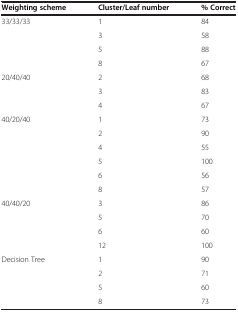
| Weighting scheme | Cluster/Leaf number | % Correct |
 | --- | --- | --- |
 | <ROWSPAN=4> 33/33/33 | 1 | 84 |
 | 3 | 58 |
 | 5 | 88 |
 | 8 | 67 |
 | <ROWSPAN=3> 20/40/40 | 2 | 68 |
 | 3 | 83 |
 | 4 | 67 |
 | <ROWSPAN=6> 40/20/40 | 1 | 73 |
 | 2 | 90 |
 | 4 | 55 |
 | 5 | 100 |
 | 6 | 56 |
 | 8 | 57 |
 | <ROWSPAN=4> 40/40/20 | 3 | 86 |
 | 5 | 70 |
 | 6 | 60 |
 | 12 | 100 |
 | <ROWSPAN=4> Decision Tree | 1 | 90 |
 | 2 | 71 |
 | 5 | 60 |
 | 8 | 73 |